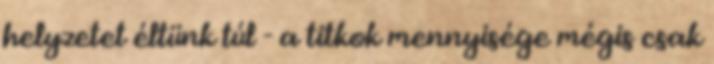
helyzetet éltünk túl - a titkok mennyisége mégis csak